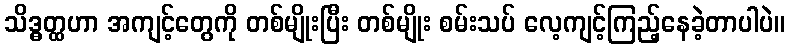
သိဒ္ဓတ္ထဟာ အကျင့်တွေကို တစ်မျိုးပြီး တစ်မျိုး စမ်းသပ် လေ့ကျင့်ကြည့်နေခဲ့တာပါပဲ။